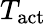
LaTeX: T_{\mathrm{act}}